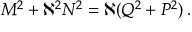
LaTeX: M ^ { 2 } + \aleph ^ { 2 } N ^ { 2 } = \aleph ( Q ^ { 2 } + P ^ { 2 } ) \, .